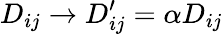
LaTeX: D_{ij}\rightarrow D_{ij}^{\prime}=\alpha D_{ij}